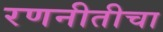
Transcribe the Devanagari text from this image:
रणनीतीचा